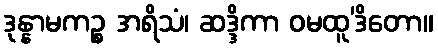
ဒုန္နာမကဉ္စ အရိသံ၊ ဆဒ္ဒိကာ ဝမထူ’ဒိတော။